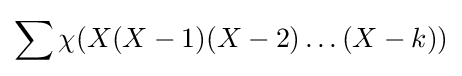
\sum \chi (X(X-1)(X-2)\ldots (X-k))